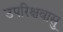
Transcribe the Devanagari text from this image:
उपरिक्षवासु